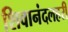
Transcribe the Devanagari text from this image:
शिवानंदलहरी